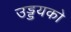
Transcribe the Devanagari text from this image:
उड्डयको